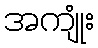
အကျုံး